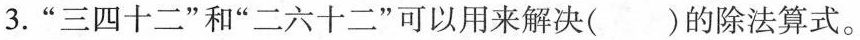
3.”三四十二”和”二六十二”可以用来解决()的除法算式。